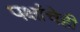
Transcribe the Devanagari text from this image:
पक्षांचेही